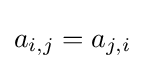
a_{i,j}=a_{j,i}